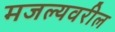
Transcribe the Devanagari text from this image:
मजल्यवरील